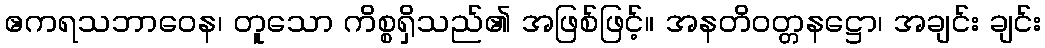
ဧကရသဘာဝေန၊ တူသော ကိစ္စရှိသည်၏ အဖြစ်ဖြင့်။ အနတိဝတ္တနဋ္ဌော၊ အချင်း ချင်း